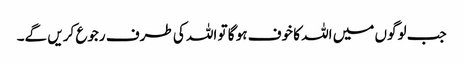
جب لوگوں میں اللہ کا خوف ہو گا تو اللہ کی طرف رجوع کریں گے۔